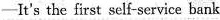
-It's the first self-service bank